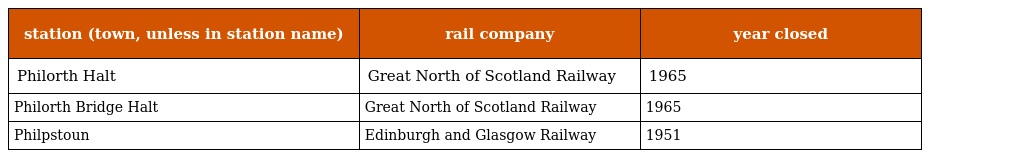
| station (town, unless in station name) | rail company | year closed |
 | --- | --- | --- |
 | Philorth Halt | Great North of Scotland Railway | 1965 |
 | Philorth Bridge Halt | Great North of Scotland Railway | 1965 |
 | Philpstoun | Edinburgh and Glasgow Railway | 1951 |